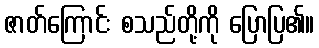
ဇာတ်ကြောင်း စသည်တို့ကို ပြောပြ၏။